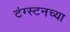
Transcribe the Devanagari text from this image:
टंग्स्टनच्या